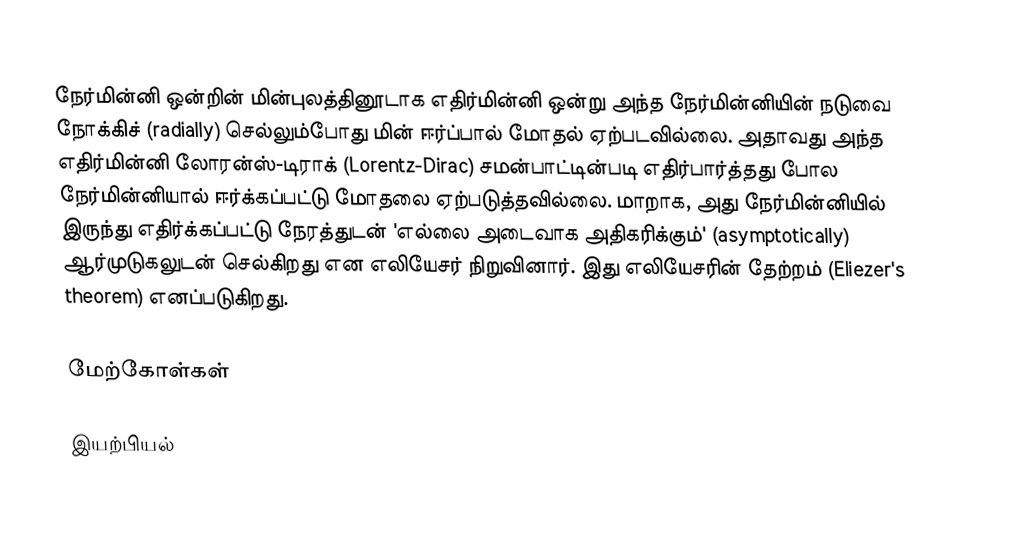
நேர்மின்னி ஒன்றின் மின்புலத்தினூடாக எதிர்மின்னி  ஒன்று அந்த நேர்மின்னியின் நடுவை நோக்கிச் (radially) செல்லும்போது மின் ஈர்ப்பால் மோதல் ஏற்படவில்லை. அதாவது அந்த எதிர்மின்னி லோரன்ஸ்-டிராக் (Lorentz-Dirac) சமன்பாட்டின்படி எதிர்பார்த்தது போல நேர்மின்னியால் ஈர்க்கப்பட்டு மோதலை ஏற்படுத்தவில்லை. மாறாக, அது நேர்மின்னியில் இருந்து எதிர்க்கப்பட்டு நேரத்துடன் 'எல்லை அடைவாக அதிகரிக்கும்' (asymptotically) ஆர்முடுகலுடன் செல்கிறது என எலியேசர் நிறுவினார். இது எலியேசரின் தேற்றம் (Eliezer's theorem) எனப்படுகிறது.

மேற்கோள்கள்

இயற்பியல்